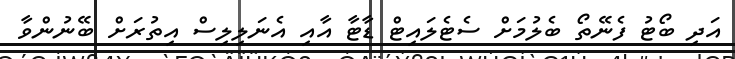
އަދި ބޯޓު ފެނޭތޯ ބެލުމަށް ސެޓެލައިޓް ޑާޓާ އާއި އެނަލިލިސް އިތުރަށް ބޭނުންވާ